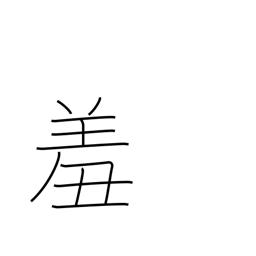
Meaning: feel ashamed